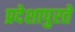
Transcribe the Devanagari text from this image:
प्रदेशापुरते